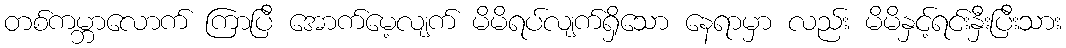
တစ်ကမ္ဘာလောက် ကြာပြီ အောက်မေ့လျက် မိမိရပ်လျက်ရှိသော နေရာမှာ လည်း မိမိနှင့်ရင်းနှီးပြီးသား